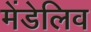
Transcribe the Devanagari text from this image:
मेंडेलिव